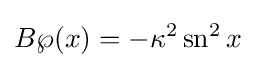
B\wp (x)=-\kappa ^{2}\operatorname {sn} ^{2}x